Vaccination report Assam 1874-1896 - 1874-1896
Year: 1874
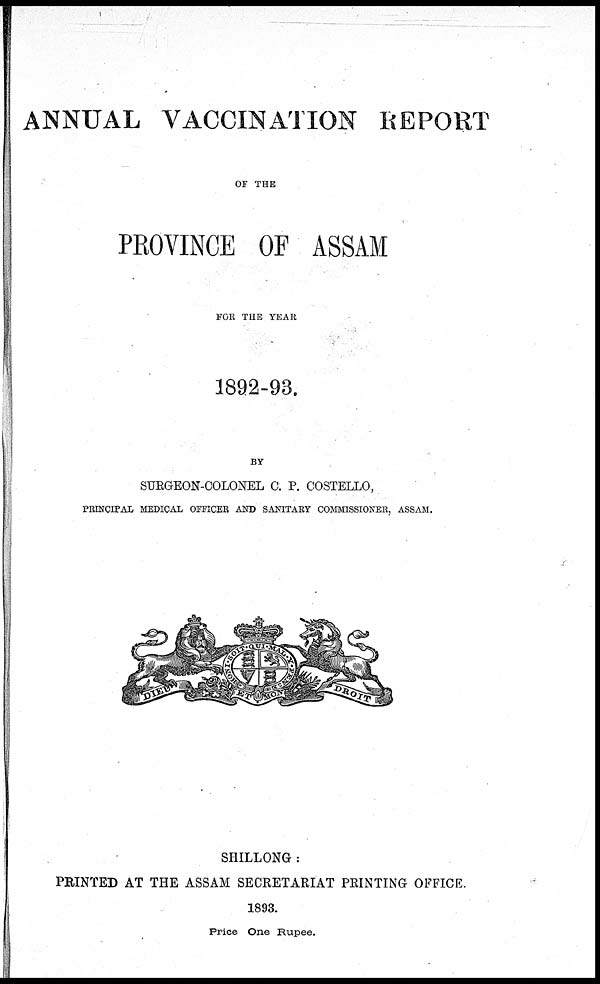
ANNUAL VACCINATION REPORT
OF THE
PROVINCE OF ASSAM
FOR THE YEAR
1892-93.
BY
SURGEON-COLONEL C. P. COSTELLO,
PRINCIPAL MEDICAL OFFICER AND SANITARY COMMISSIONER, ASSAM.
SHILLONG :
PRINTED AT THE ASSAM SECRETARIAT PRINTING OFFICE.
1893.
Price One Rupee.